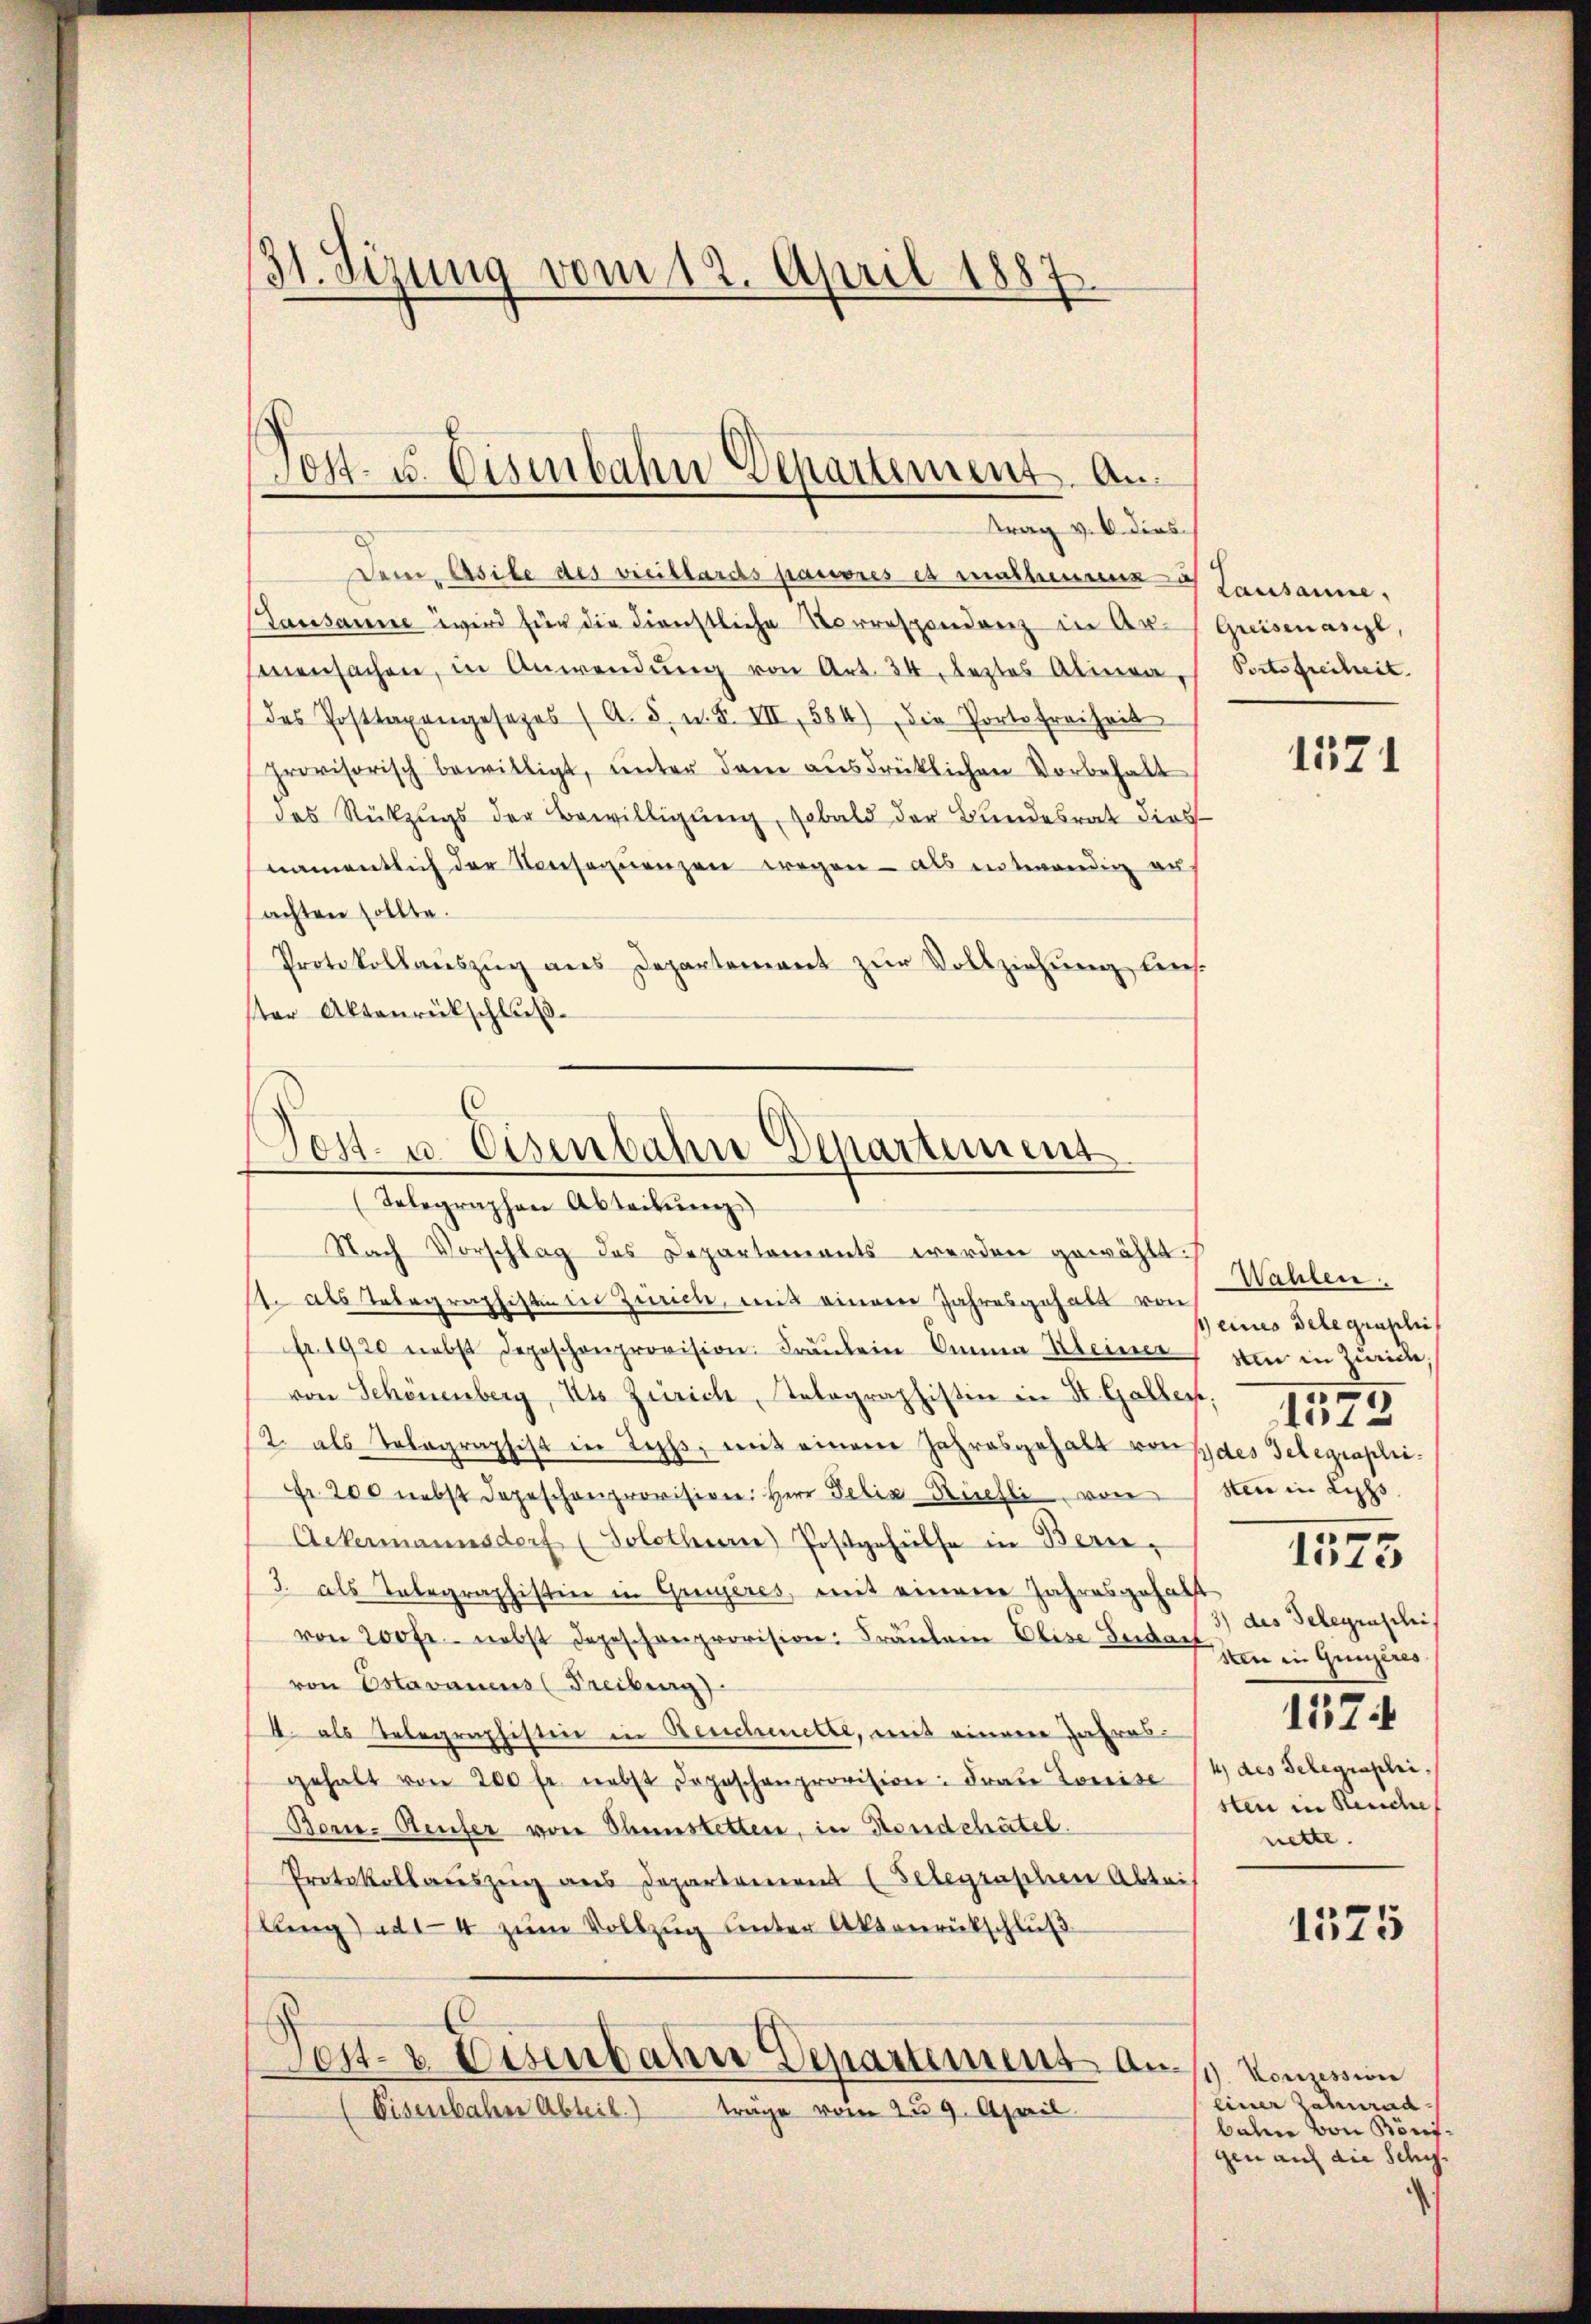
31. Sezung vom 12. April 1887

Post- u. Eisenbahn Departement. An
trag v. 6. dies

Dein Asile des veillards pauvres es matheurenz u
Lausanne wird für die dienstliche Vorrespondenz in Ar- Quistanzl,
senensachen, in Anwendŭng von Art. 34. Leztes Alinea, Portofreiheit
des Posttaxengesezes (A. 5. u. S. III, 584) Die Porte freiheit
provisorisch bewilligt, ŭnter dem ausdrücklichen Vorbehalt
des Rückzugs der Bewilligung, sobald der Bundesrat dies
namentlich der Konseqŭenzen wegen - als entwendig au
sachten sollte.
Protokollauszug aus Departement zur Vollziehung leis
ster Aktenrückschluß
11. als Telegraphistin in Zürich, mit einem Jahresgehalt von
fr. 1920 nebst depeschenprovision. Fräŭlein Anna Kleiner den in Zürich,
von Schönenberg, Kts Zürich, Telegraphistin in St. Gallen,
2. als Telegraphist in Jehs, mit einem Jahresgehalt von des Telegraphi
r. 200 nebst dageschenprovision: Herr Felix Kiesli von Sei in Lephs
Ackermannsdorf (Solothur) Postgehülfe in Bern,
3. als Telegraphistin in Grenzeres, mit einem Jahresgehalt
von 200 fr. nebst depeschenprovision: Fräulein Elise Bedach
von Estavaneus (Freiburg)
4. als Telegraphistine in Beschenette, mit einem Jahres-
gehalt von 200 fr. nebst Depeschenprovision: Fraŭ Louise 14 des Telegraphi¬
Bone-Reufer von Thunstetten, in Kondchatel
Protokollauszug aus Departement (Telegraschen Ableis
lung) ad 4 zum Vollzug unter Aktenrückschluß
Post- & Eisenbahne Departement an
(Eisenbahne Abteil) träge vom 29. April

Post- u. Eisenbahne Departement
(Telegraphen Abteilŭng
Nach Vorschlag des Departements werden gewählt.

Lausanne.
1571

Wahlen.
p eines Belegraphie
3) des Telegenschis
sten in Quières
1574
sten in Keuche
nette.

1575

1573

1575

1). Vonzession
einer Zahnrad
bahne von Bönigen auf die Schy